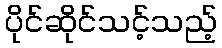
ပိုင်ဆိုင်သင့်သည့်